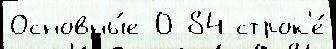
Основны́е 0 84 строк'е́